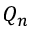
Q _ { n }